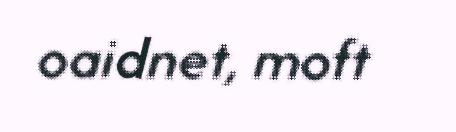
oaidnet, moft